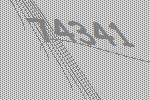
74341